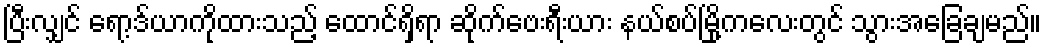
ပြီးလျှင် ရော့ဒ်ယာကိုထားသည့် ထောင်ရှိရာ ဆိုက်ဗေးရီးယား နယ်စပ်မြို့ကလေးတွင် သွားအခြေချမည်။